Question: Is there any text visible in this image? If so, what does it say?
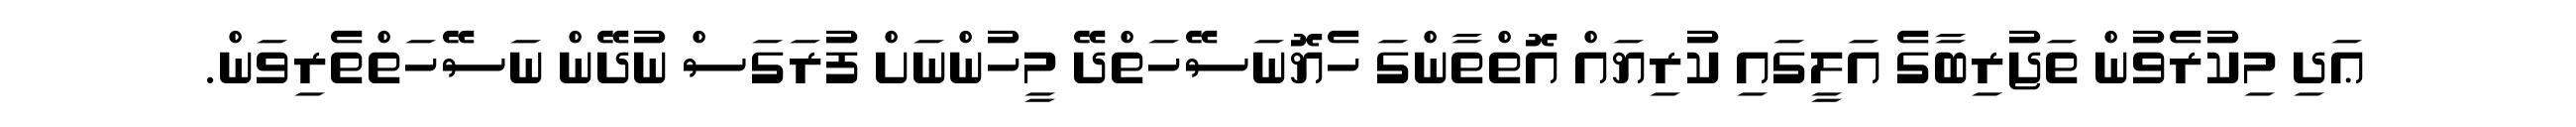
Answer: ޢަދި މިކުރެވުން ތަޖުރިބާގެ އަލީގައި ކުރިޔައް އޮތްތާންގަ ހެޔޮނަސޭހަތްދޭ މީހުންނަށް ފުރަގަސް ނުދޭން ނަސޭހަތްތެރިވަން.